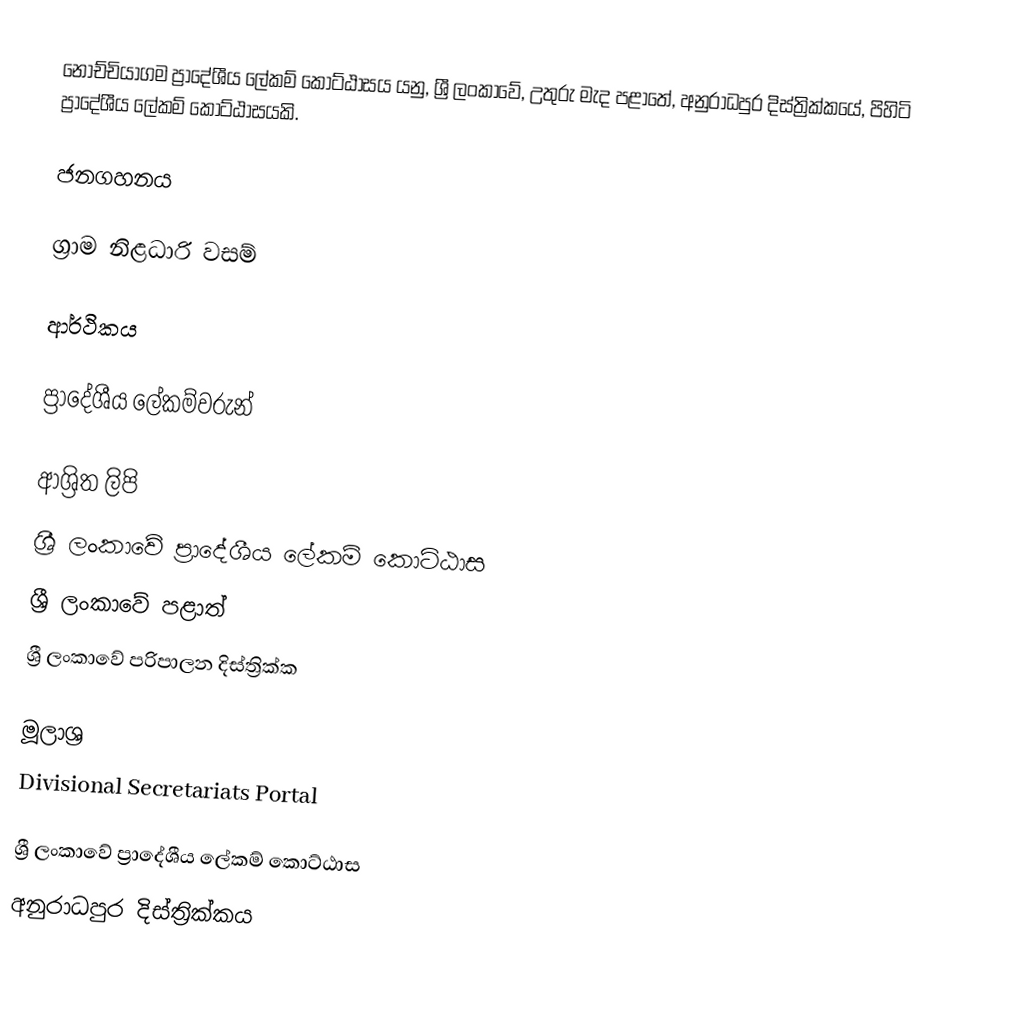
නොච්චියාගම ප්‍රාදේශීය ලේකම් කොට්ඨාසය යනු,  ශ්‍රී ලංකාවේ,  උතුරු මැද පළාතේ,   අනුරාධපුර දිස්ත්‍රික්කයේ, පිහිටි ප්‍රාදේශීය ලේකම් කොට්ඨාසයකි.

ජනගහනය

ග්‍රාම නිළධාරි වසම්

ආර්ථිකය

ප්‍රාදේශීය ලේකම්වරුන්

ආශ්‍රිත ලිපි
ශ්‍රී ලංකාවේ ප්‍රාදේශීය ලේකම් කොට්ඨාස
ශ්‍රී ලංකාවේ පළාත්
ශ්‍රී ලංකාවේ පරිපාලන දිස්ත්‍රික්ක

මූලාශ්‍ර
 Divisional Secretariats Portal

ශ්‍රී ලංකාවේ ප්‍රාදේශීය ලේකම් කොට්ඨාස
අනුරාධපුර දිස්ත්‍රික්කය